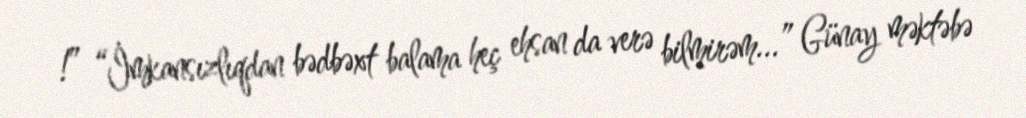
!” “İmkansızlıqdan bədbəxt balama heç ehsan da verə bilmirəm...” Günay məktəbə